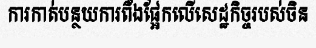
ការកាត់បន្ថយការពឹងផ្អែកលើសេដ្ឋកិច្ចរបស់ចិន